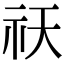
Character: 祆